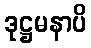
ဒုဋ္ဌမနာပိ